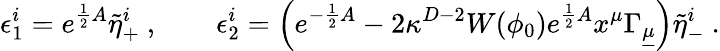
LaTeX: \epsilon_{1}^{i}=e^{{\frac{1}{2}}A}\tilde{\eta}_{+}^{i}\ ,\qquad\epsilon_{2}^{i}=\left(e^{-{\frac{1}{2}}A}-2\kappa^{D-2}W(\phi_{0})e^{{\frac{1}{2}}A}x^{\mu}\Gamma_{\underline{{\mu}}}\right)\tilde{\eta}_{-}^{i}\ .